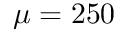
\mu = 2 5 0